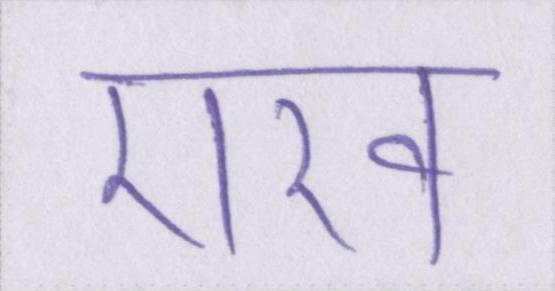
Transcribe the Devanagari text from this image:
राख